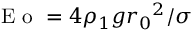
\mathrm { ~ E ~ o ~ } = 4 \rho _ { 1 } g { r _ { 0 } } ^ { 2 } / \sigma